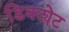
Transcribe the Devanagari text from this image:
डिक्ट्येट